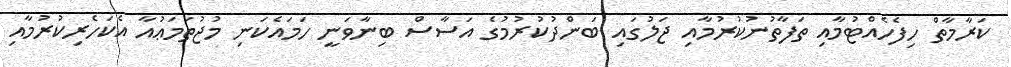
ކަރާމާތް ހިފެހެއްޓުމާއި ތަފާތުނުކުރުމާއި ޖަލުގައި ބަންދުކުރުމުގެ އަސާސް ބިނާވަނީ ހަމައެކަނި މުޖުތަމަޢުއާ އެކަހެރިކުރުމާއި